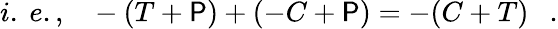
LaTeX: i.~e.,~~~-(T+\mathsf{P})+(-C+\mathsf{P})=-(C+T)~~~.